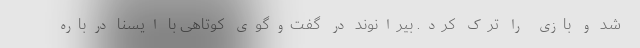
شد و بازی را ترک کرد. بیرانوند در گفت‌وگوی کوتاهی با ایسنا درباره